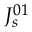
J _ { s } ^ { 0 1 }